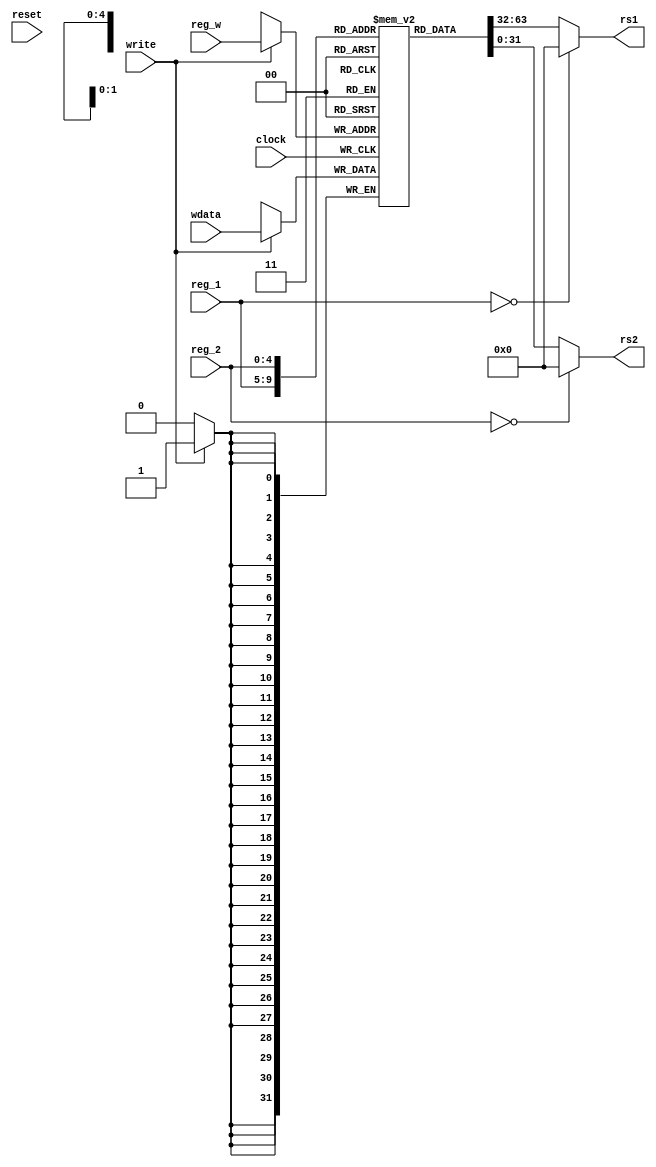
// This program was cloned from: https://github.com/jrbuchanan02/multicycle-rv32i
// License: MIT License

`timescale 1ns / 1ps
//////////////////////////////////////////////////////////////////////////////////
// Company: 
// Engineer: 
// 
// Design Name: 
// Module Name: register_file
// Project Name: 
// Target Devices: 
// Tool Versions: 
// Description: 
// 
// Dependencies: 
// 
// Revision:
// Revision 0.01 - File Created
// Additional Comments:
// 
//////////////////////////////////////////////////////////////////////////////////


module register_file(clock, reset, reg_w, reg_1, reg_2, write, wdata, rs1, rs2);
    parameter XLEN = 32;
    
    input clock;
    input reset;
    input [4:0] reg_w;
    input [4:0] reg_1;
    input [4:0] reg_2;
    input write;
    input [XLEN-1:0] wdata;
    output[XLEN-1:0] rs1, rs2;
    
    reg [XLEN-1:0] registers[31:1];
    always @(posedge clock) begin
        if ( write ) registers[reg_w] <= wdata;
    end
    
    assign rs1 = reg_1 == 0 ? 0 : registers[reg_1];
    assign rs2 = reg_2 == 0 ? 0 : registers[reg_2];
endmodule